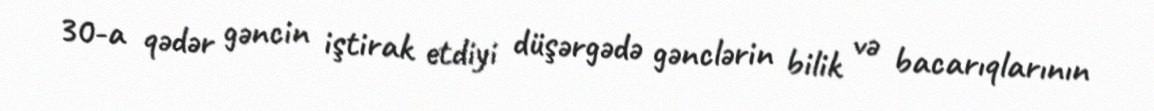
30-a qədər gəncin iştirak etdiyi düşərgədə gənclərin bilik və bacarıqlarının